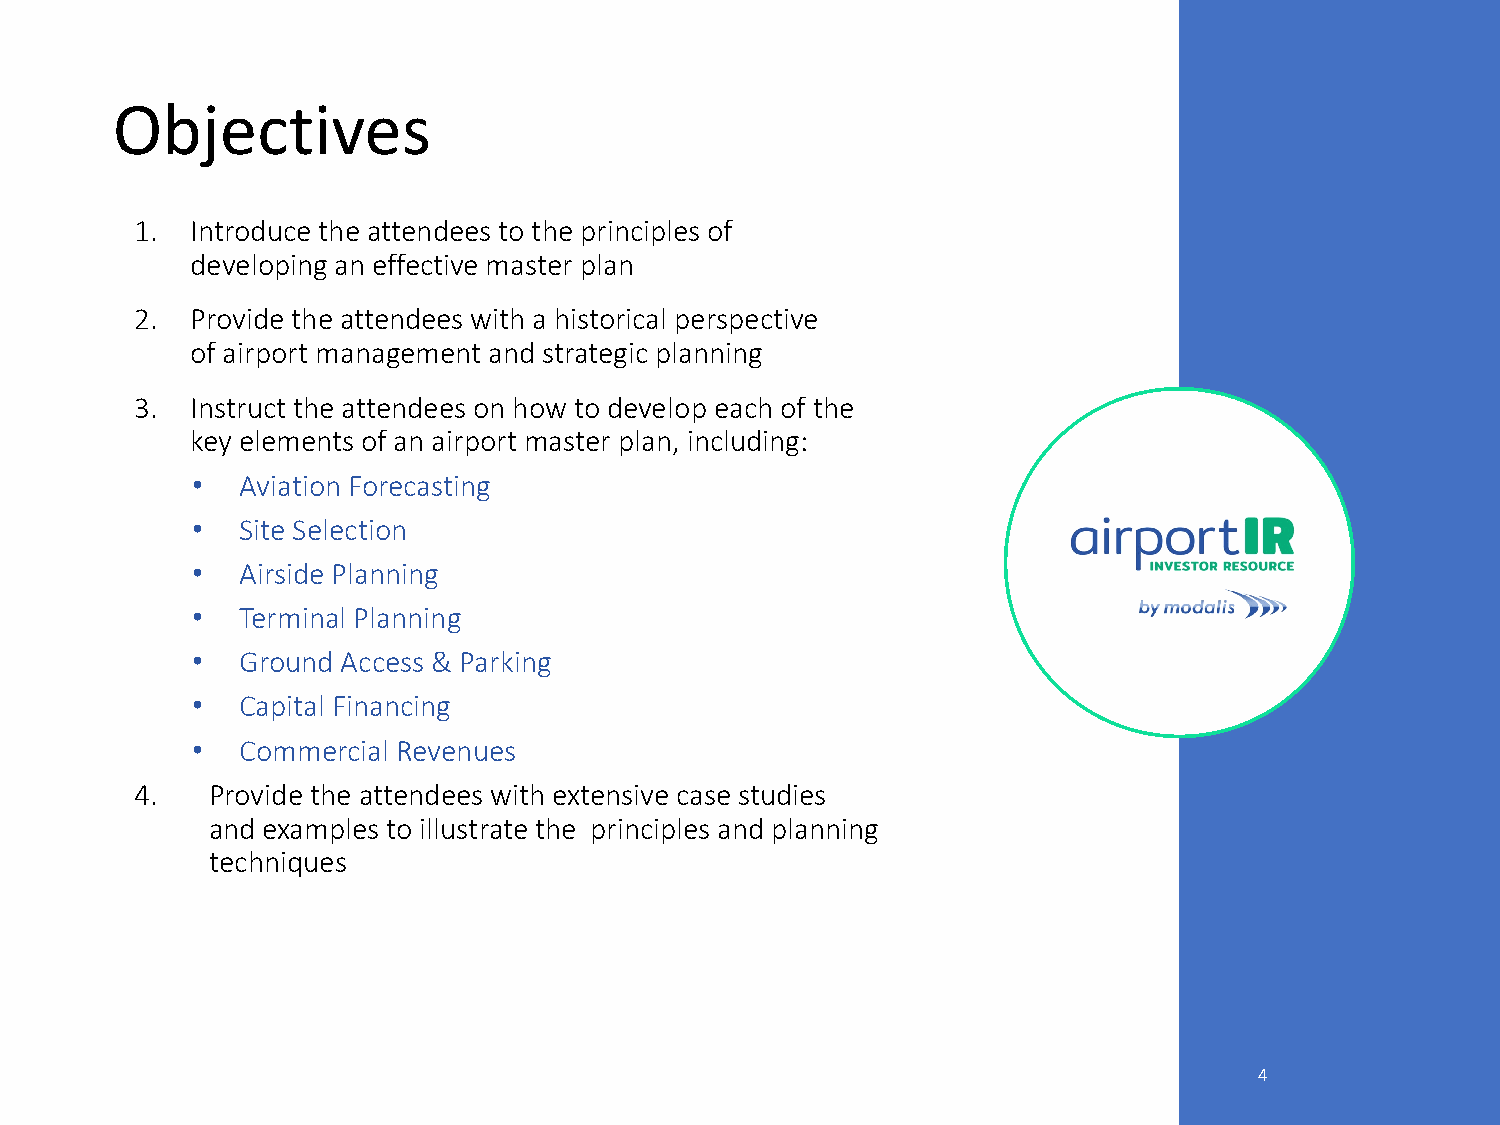
Objectives
 1.  Introduce the attendees to the principles of
 developing an effective master plan
 2.  Provide the attendees with a historical perspective
 of airport management and strategic planning
 3.  Instruct the attendees on how to develop each of the
 key elements of an airport master plan, including:
 •  Aviation Forecasting
 •  Site Selection
 •  Airside Planning
 •  Terminal Planning
 •  Ground Access & Parking
 •  Capital Financing
 •  Commercial Revenues
 4.   Provide the attendees with extensive case studies
 and examples to illustrate the principles and planning
 techniques
 4